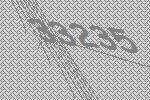
33235